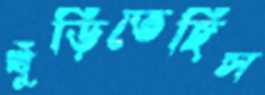
খুঁড়িতেছিস